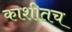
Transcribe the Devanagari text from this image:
काशीतच